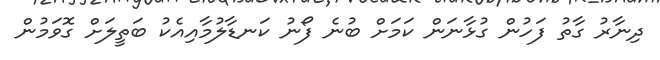
ދިނާރު ގާތު ފަހުން ގުޅާނަން ކަމަށް ބުނެ ފޯނު ކަނޑާލުމާއިއެކު ބަތީލަށް ގޮވަމުން